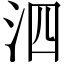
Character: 泗